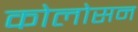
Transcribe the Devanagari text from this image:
कोलोसन